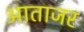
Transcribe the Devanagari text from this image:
आताजर